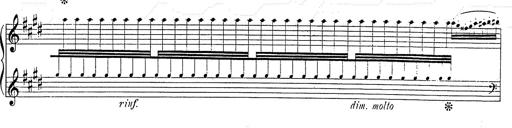
Title: Hungarian Rhapsody No.2
Composer: Franz Liszt
Key: C-sharp minor